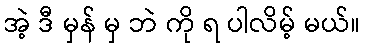
အဲ့ ဒီ မှန် မှ ဘဲ ကို ရ ပါလိမ့် မယ်။